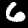
Digit: 6